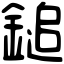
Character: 鎚